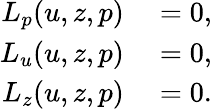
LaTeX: \begin{array}{rl}{L_{p}(u,z,p)}&{{}=0,}\\ {L_{u}(u,z,p)}&{{}=0,}\\ {L_{z}(u,z,p)}&{{}=0.}\end{array}